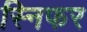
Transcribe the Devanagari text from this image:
स्निफर